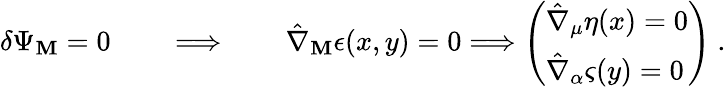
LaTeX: \delta\Psi_{\mathbf{M}}=0\qquad\Longrightarrow\qquad\hat{{\nabla}}_{\mathbf{M}}\epsilon(x,y)=0\Longrightarrow\left(\begin{array}{l}{{\hat{\nabla}_{\mu}\eta(x)=0}}\\ {{\hat{\nabla}_{\alpha}\varsigma(y)=0}}\end{array}\right)\ .